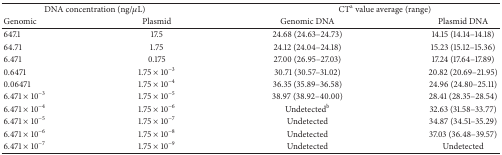
<table><thead><tr><td colspan="2"><b>DNA concentration (ng/<i>μ</i>L)</b></td><td colspan="2"><b>CT<sup>a</sup> value average (range)</b></td></tr><tr><td><b>Genomic</b></td><td><b>Plasmid</b></td><td><b>Genomic DNA</b></td><td><b>Plasmid DNA</b></td></tr></thead><tbody><tr><td>647.1</td><td>17.5</td><td>24.68 (24.63–24.73)</td><td>14.15 (14.14–14.18)</td></tr><tr><td>64.71</td><td>1.75</td><td>24.12 (24.04–24.18)</td><td>15.23 (15.12–15.36)</td></tr><tr><td>6.471</td><td>0.175</td><td>27.00 (26.95–27.03)</td><td>17.24 (17.64–17.89)</td></tr><tr><td>0.6471</td><td>1.75 × 10<sup>−3</sup></td><td>30.71 (30.57–31.02)</td><td>20.82 (20.69–21.95)</td></tr><tr><td>0.06471</td><td>1.75 × 10<sup>−4</sup></td><td>36.35 (35.89–36.58)</td><td>24.96 (24.80–25.11)</td></tr><tr><td>6.471 × 10<sup>−3</sup></td><td>1.75 × 10<sup>−5</sup></td><td>38.97 (38.92–40.00)</td><td>28.41 (28.35–28.54)</td></tr><tr><td>6.471 × 10<sup>−4</sup></td><td>1.75 × 10<sup>−6</sup></td><td>Undetected<sup>b</sup></td><td>32.63 (31.58–33.77)</td></tr><tr><td>6.471 × 10<sup>−5</sup></td><td>1.75 × 10<sup>−7</sup></td><td>Undetected</td><td>34.87 (34.51–35.29)</td></tr><tr><td>6.471 × 10<sup>−6</sup></td><td>1.75 × 10<sup>−8</sup></td><td>Undetected</td><td>37.03 (36.48–39.57)</td></tr><tr><td>6.471 × 10<sup>−7</sup></td><td>1.75 × 10<sup>−9</sup></td><td>Undetected</td><td>Undetected</td></tr></tbody></table>